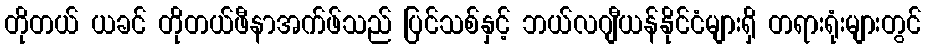
တိုတယ် ယခင် တိုတယ်ဖီနာအက်ဖ်သည် ပြင်သစ်နှင့် ဘယ်လဂျီယန်နိုင်ငံများရှိ တရားရုံးများတွင်